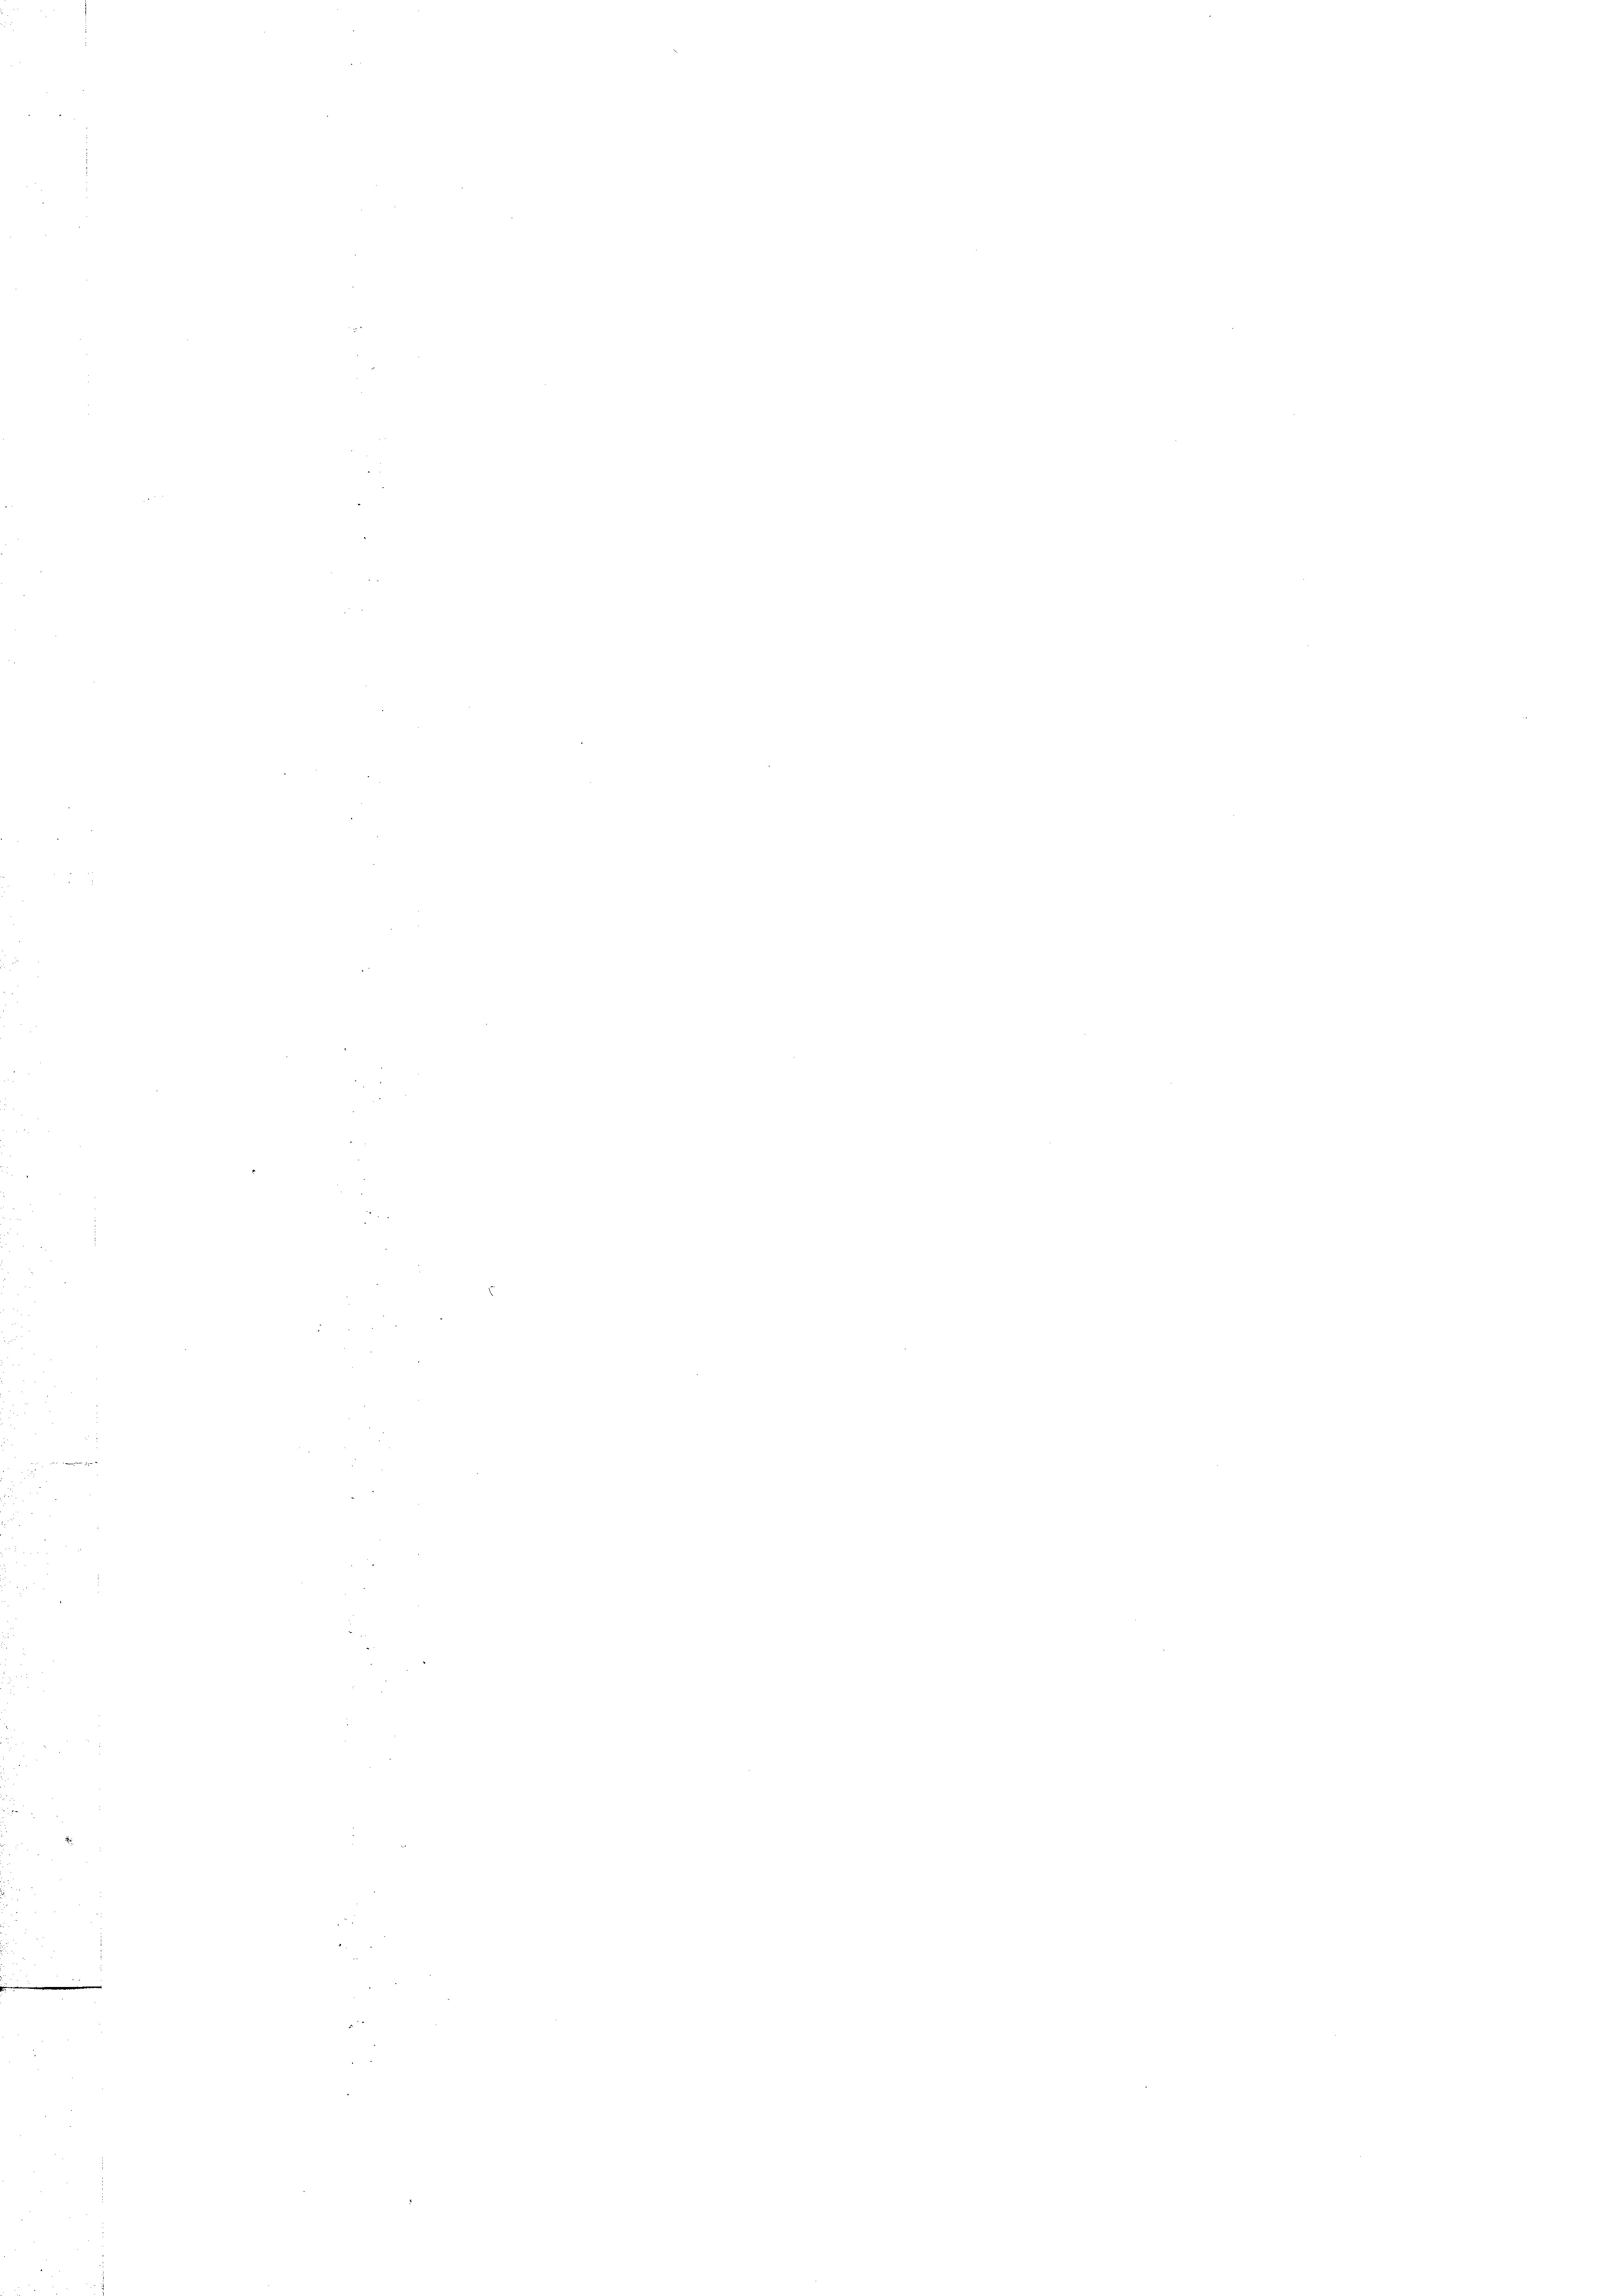
.

5

a
2

e
n
.

d

22

n

2
n

2

n